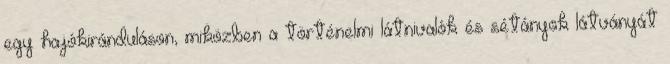
egy hajókiránduláson, miközben a történelmi látnivalók és sétányok látványát